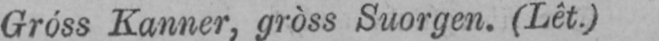
Gróss Kanner, gròss Suorgen. (Lêt.)